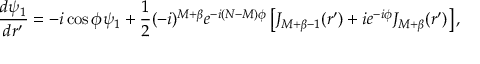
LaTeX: \frac { d \psi _ { 1 } } { d r ^ { \prime } } = - i \cos \phi \psi _ { 1 } + \frac { 1 } { 2 } ( - i ) ^ { M + \beta } e ^ { - i ( N - M ) \phi } \left[ J _ { M + \beta - 1 } ( r ^ { \prime } ) + i e ^ { - i \phi } J _ { M + \beta } ( r ^ { \prime } ) \right] ,